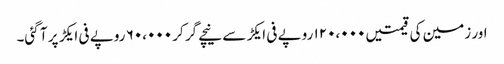
اور زمین کی قیمتیں ۱۲۰،۰۰۰ روپے فی ایکڑ سے نیچے گر کر ۶۰،۰۰۰ روپے فی ایکڑ پر آ گئی۔